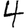
Digit: 4